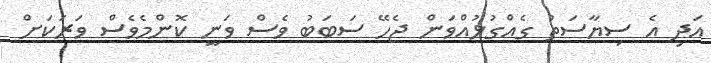
އަދި އެ ސިޔާސަތު ގެއްގުޅުއްވަން ޖެހޭ ސަބަބު ވެސް ވަނީ ކޮންމެވެސް ވަރަކަށް